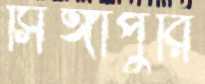
সিঙ্গাপুরি